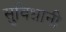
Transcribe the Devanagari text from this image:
सुविधानी